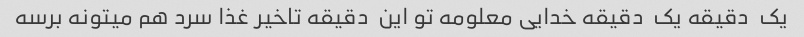
یک  دقیقه یک  دقیقه خدایی معلومه تو این  دقیقه تاخیر غذا سرد هم میتونه برسه